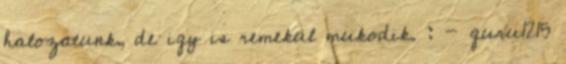
halozatunk, de igy is remekul mukodik. : - guru1215